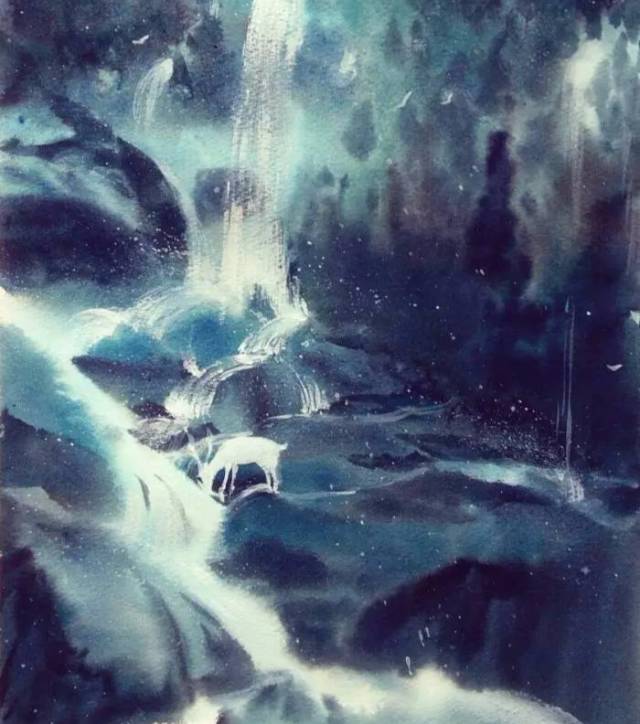
今夫地一撮土之多，及其广厚载华岳而不重，振河海而不洩，万物载焉。